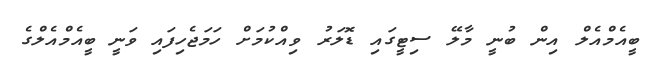
ބީއެމްއެލް އިން ބުނީ މާލޭ ސިޓީގައި ޑޮލަރު ވިއްކުމަށް ހަމަޖެހިފައި ވަނީ ބީއެމްއެލްގެ